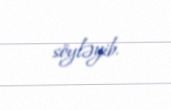
söyləyib.